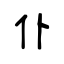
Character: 仆